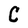
Character: C